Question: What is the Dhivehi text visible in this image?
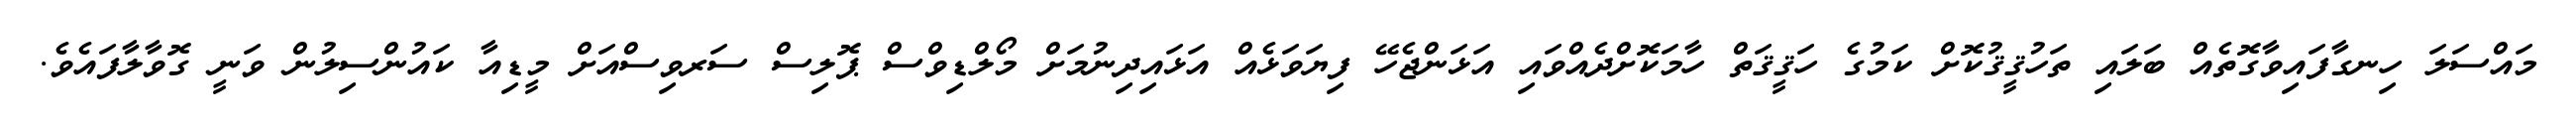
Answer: މައްސަލަ ހިނގާފައިވާގޮތެއް ބަލައި ތަހުޤީޤުކޮށް ކަމުގެ ހަޤީޤަތް ހާމަކޮށްދެއްވައި އަޅަންޖެހޭ ފިޔަވަޅެއް އަޅައިދިނުމަށް މޯލްޑިވްސް ޕޮލިސް ސަރވިސްއަށް މީޑިއާ ކައުންސިލުން ވަނީ ގޮވާލާފައެވެ.